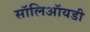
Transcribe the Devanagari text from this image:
सॉलिऑयडी